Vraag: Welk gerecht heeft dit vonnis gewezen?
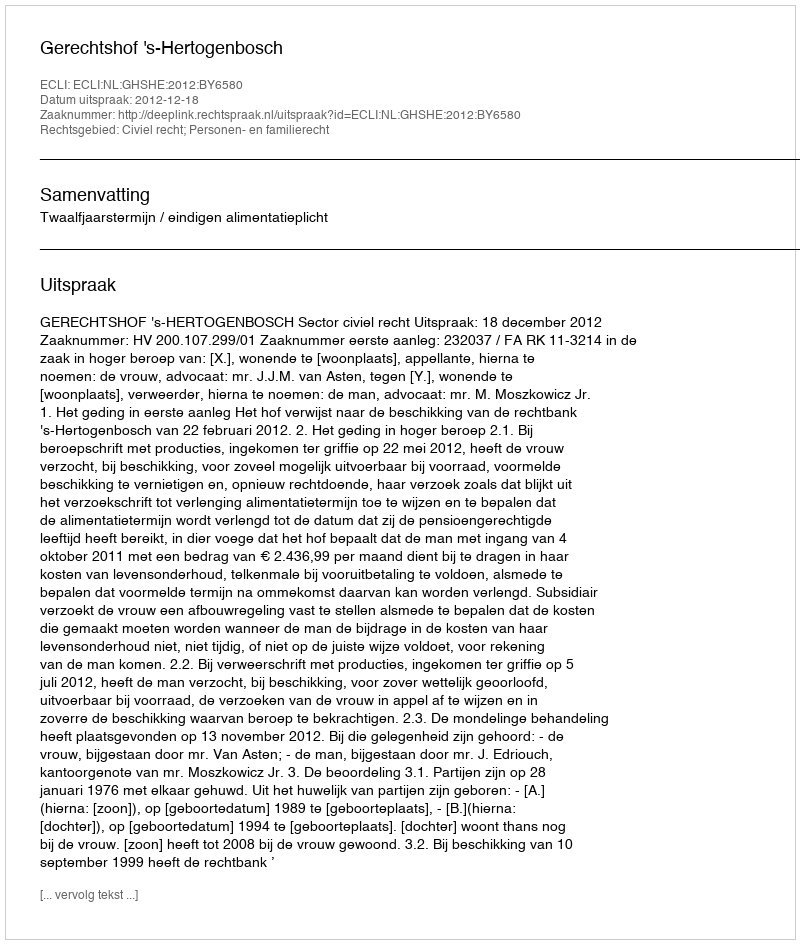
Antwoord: Gerechtshof 's-Hertogenbosch